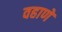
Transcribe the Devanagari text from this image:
वहाणे